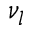
\nu _ { l }